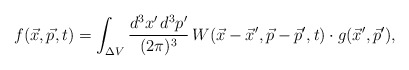
\begin{align*}f(\vec x,\vec p,t) = \int_{\Delta V} {d^3x'\,d^3p' \over (2 \pi)^3}\, W(\vec x-\vec x',\vec p - \vec p',t)\cdot g(\vec x',\vec p'),\end{align*}